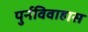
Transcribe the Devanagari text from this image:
पुर्नविवाहास